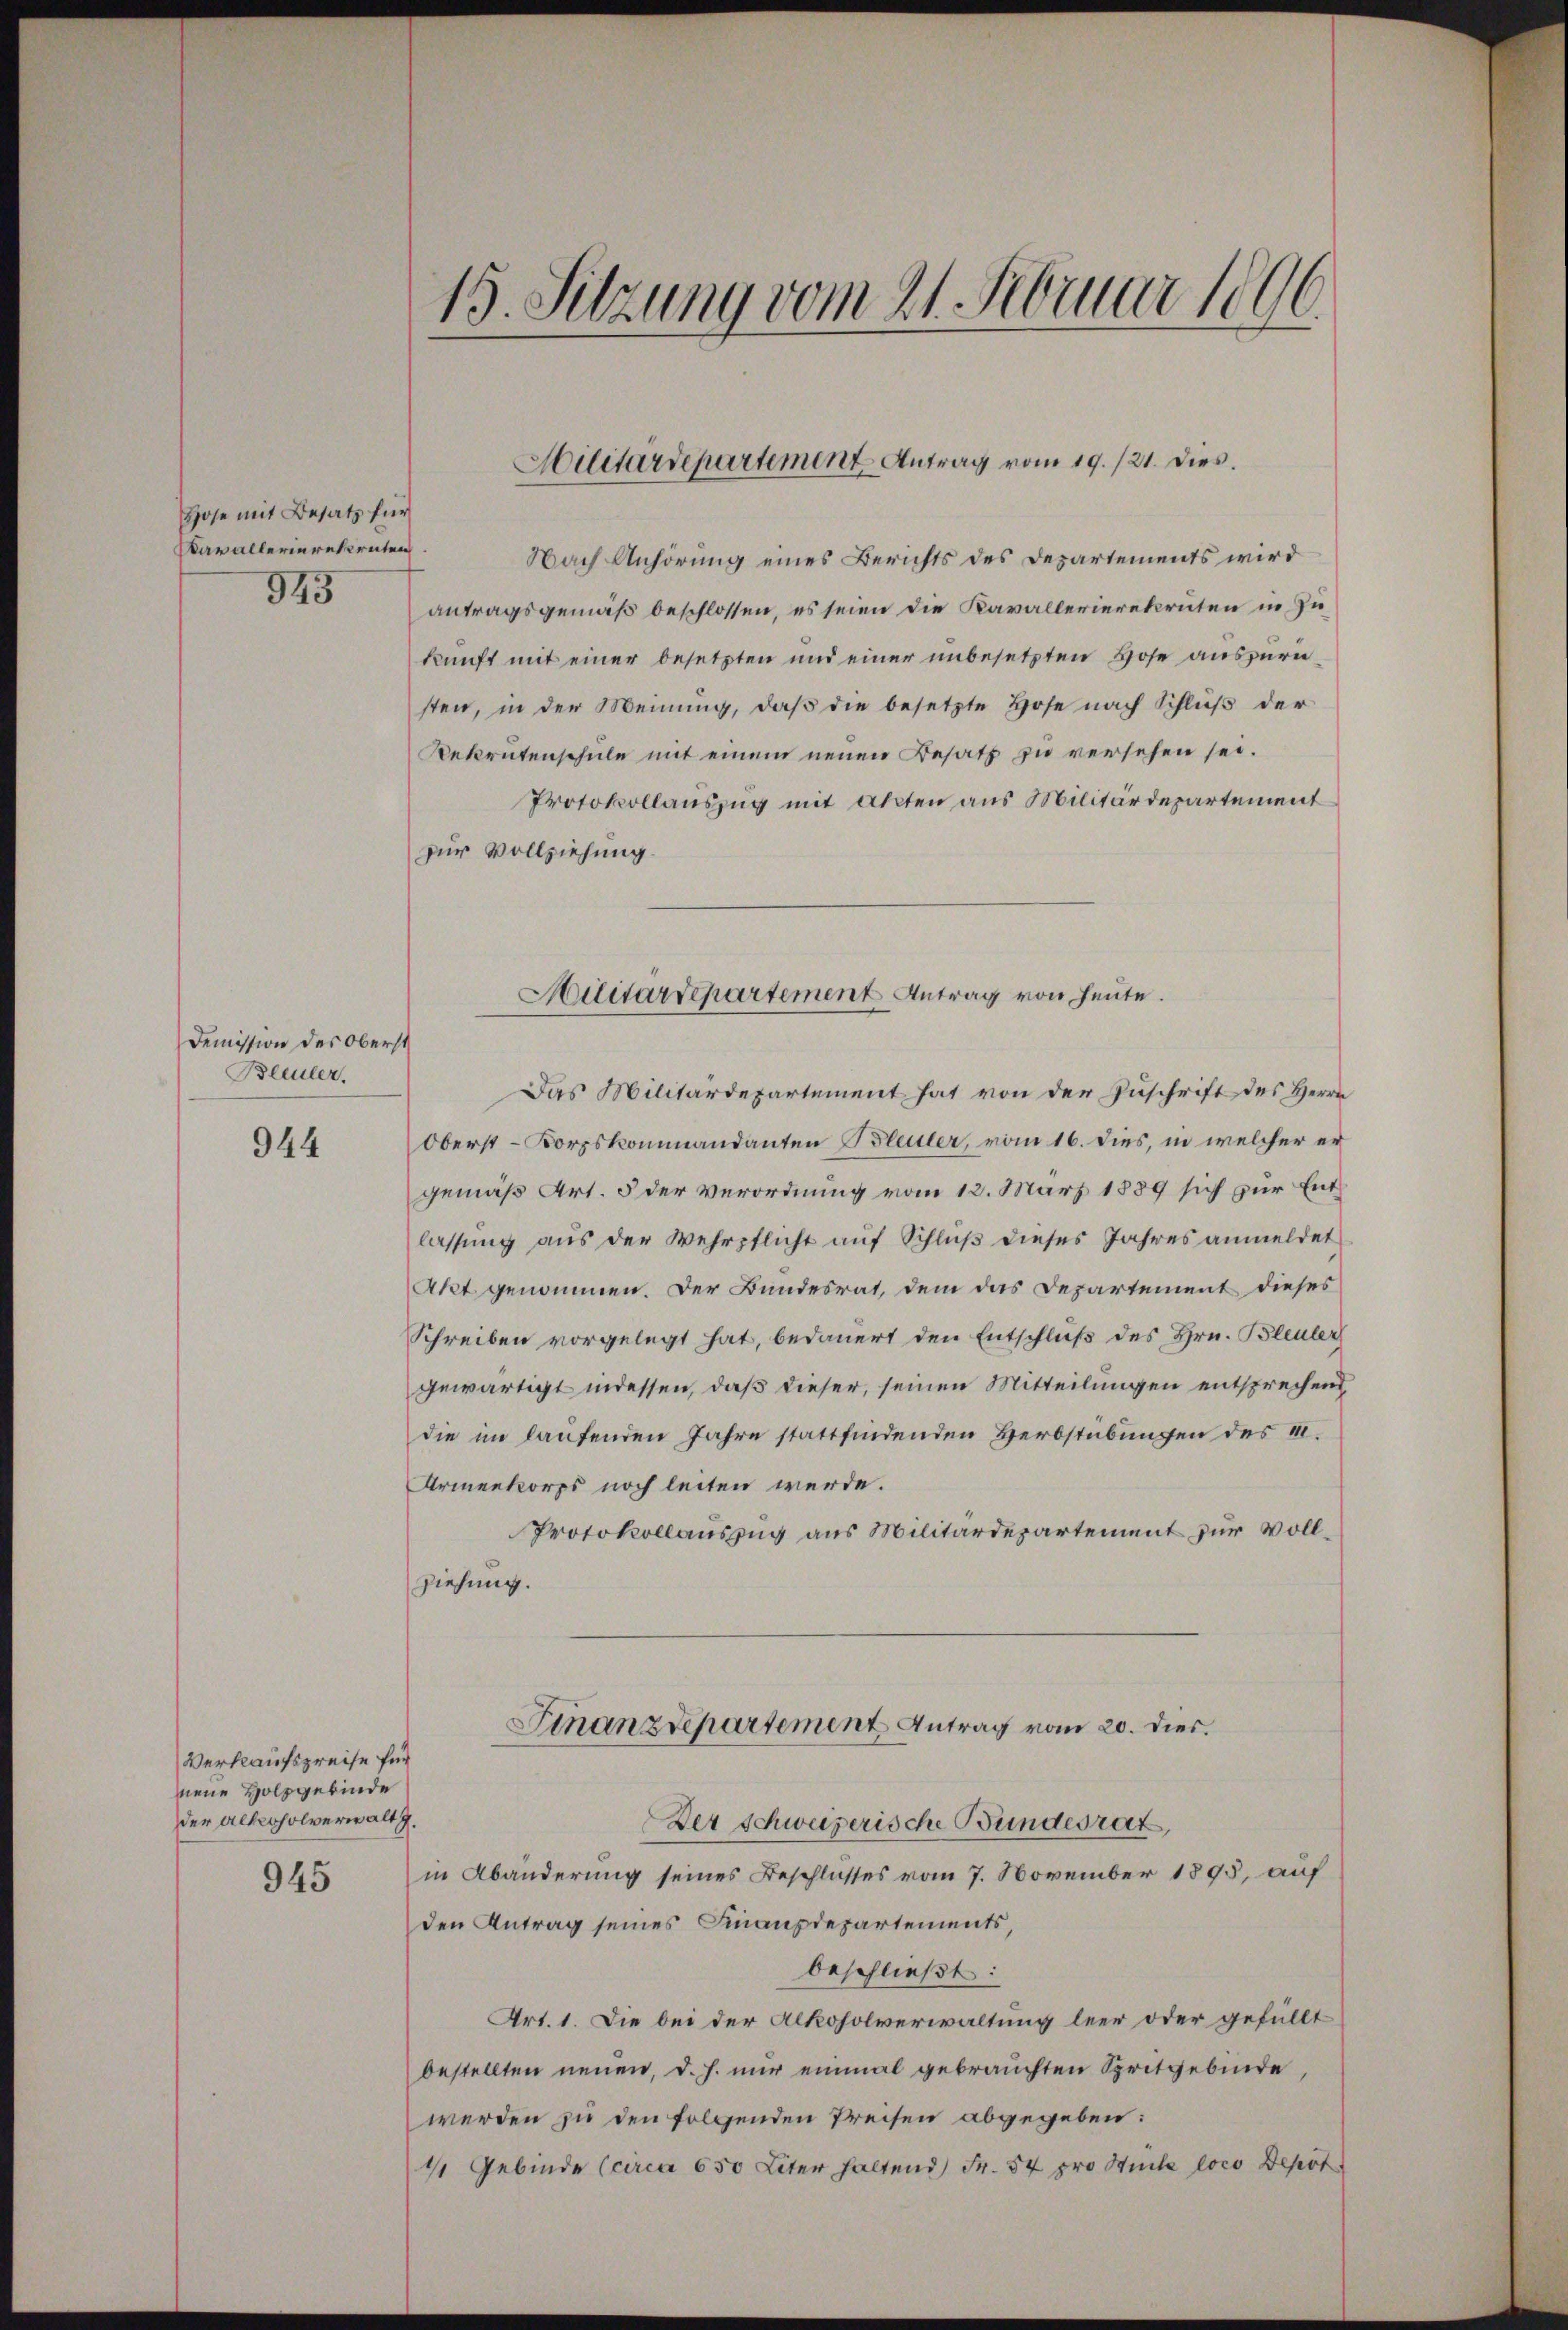
Hose mit Besatz für
Kavallerierekruten
943

Demission des Oberst
Bleuler.

944

Verkaufspreise für
ene Holzgebinde
der Altersolverwalt g

945

15. Sitzung vom 21. Februar 1896.

Nach Anhörung eines Berichts des Departements wird
antragsgemäß beschlossen, es seien die Kavallerierekruten in Zukunft mit einer besetzten und einer unbesetzten Hose auszuriesten, in der Meinung, daß die besetzte Hose nach Schluß der
Rekrutenschule mit einem neuen Besatz zu versehen sei.
Protokollauszug mit Akten aus Militärdepartement
zur Vollziehung.
Das Militärdepartement hat von der Zuschrift des Herrn
Oberst-Korpskommandanten Bleuler, vom 16. dies, in welcher er
gemäß Art. 5 der Verordnung vom 12. März 1889 sich zur Entlassung aus der Wehrpflicht auf Schluß dieses Jahres anmeldet
Akt genommen. Der Bundesrat, dem das Departement dieses
Schreiben vorgelegt hat, bedauert den Entschluß des Hrn. Bleuler
gewärtigt indessen, daß dieser, seinen Mitteilungen entsprechend,
die im lautenden Jahre stattfindenden Herbstübungen des u.
Armenkorps noch leiten werde.
Protokollauszug aus Militärdepartement zur Vollziehung.

Hilitärdepartement Antrag vom 19./21. Dies

Militärdepartement Antrag von heute.

Der schweizerische Bundesrat
in Abänderung seines Beschlusses vom 7. November 1895, auf
den Antrag seines Finanzdepartements,
beschließt:
Art. 1. Die bei der Alkoholverwaltung leer oder gefüllt
bestellten neuen, d. h. nur einmal gebrauchten Spritgebinde,
werden zu den folgenden Preisen abgegeben:
4 Gebinde (circa 650 Liter haltend Fr. 54 pro Stücke loco Depot

Finanzdepartement Antrag vom 20. dies.